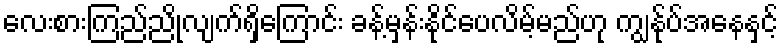
လေးစားကြည်ညိုလျက်ရှိကြောင်း ခန့်မှန်းနိုင်ပေလိမ့်မည်ဟု ကျွန်ုပ်အနေနှင့်